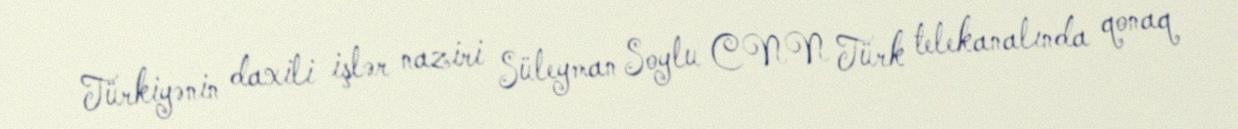
Türkiyənin daxili işlər naziri Süleyman Soylu CNN Türk telekanalında qonaq